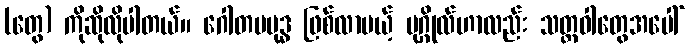
(တွေ) ကိုဆိုလိုပါတယ်။ ဂေါတမဗုဒ္ဓ ဖြစ်လာမယ့် ပုဂ္ဂိုလ်ဟာလည်း သတ္တဝါတွေအပေါ်